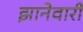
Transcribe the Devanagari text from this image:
झानेवारी